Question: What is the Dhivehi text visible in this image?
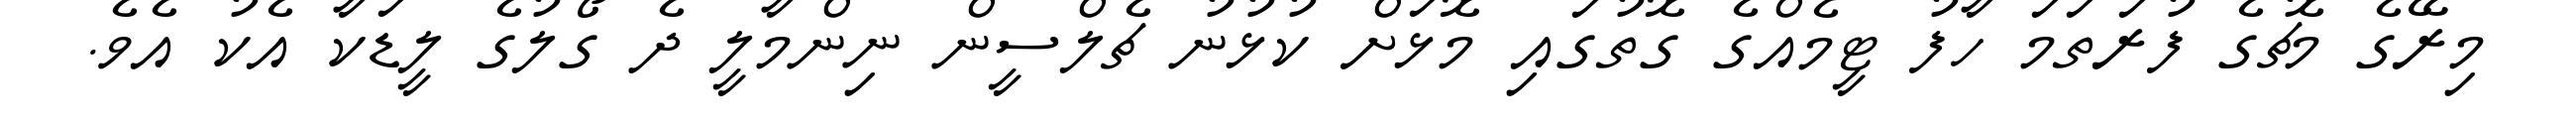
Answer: މިރޭގެ މެޗުގެ ފުރަތަމަ ހާފު ޓީމެއްގެ ގޮތުގައި މޮޅަށް ކުޅުނު ޗެލްސީން ނިންމާލީ ދެ ގޯލުގެ ލީޑަކާ އެކު އެވެ.